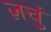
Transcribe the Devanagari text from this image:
ज़चुं